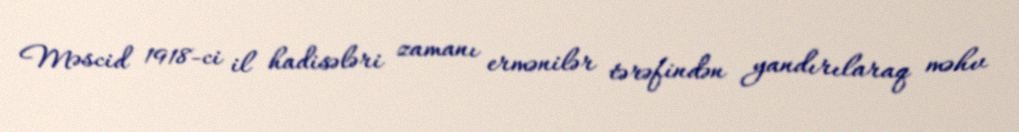
Məscid 1918-ci il hadisələri zamanı ermənilər tərəfindən yandırılaraq məhv